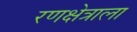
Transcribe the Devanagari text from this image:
रणक्षेत्राला